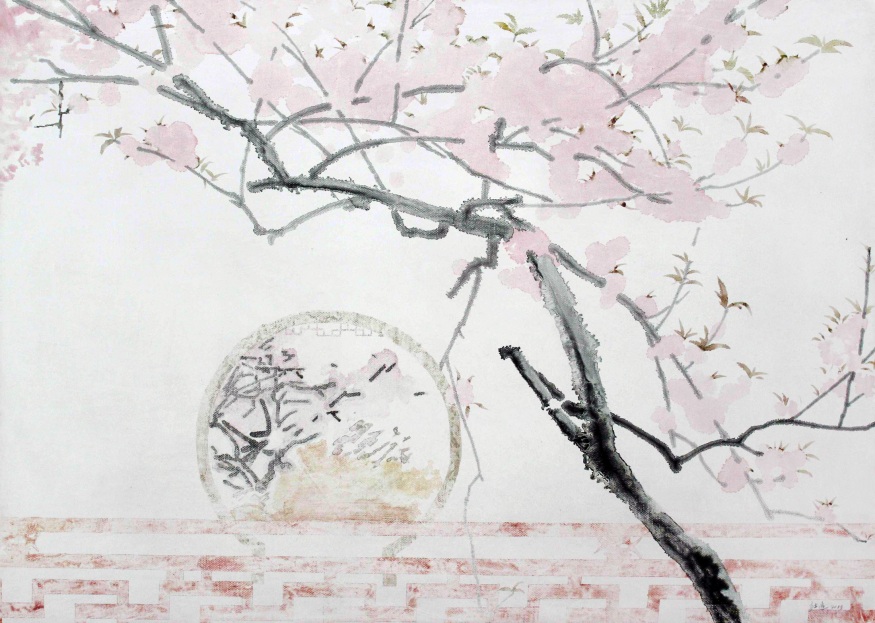
有客踌躇，古庭空自吊孤影。